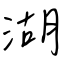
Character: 湖